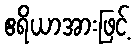
ဧရိယာအားဖြင့်